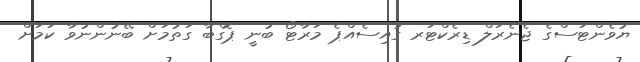
ޔުވެންޓަސްގެ ޖެނެރަލް ޑިރެކްޓަރ ގުއިސެއްޕެ މަރާޓޯ ބުނީ ޕޮގްބާ ގަތުމަށް ބޭނުންނުވާ ކަމަށް